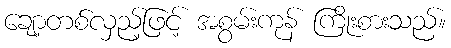
ချော့တစ်လှည့်ဖြင့် အစွမ်းကုန် ကြိုးစားသည်။